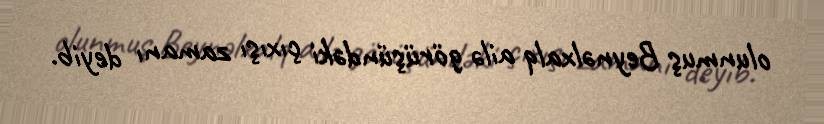
olunmuş Beynəlxalq ailə görüşündəki çıxışı zamanı deyib.